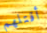
أقتلهم